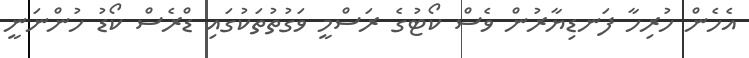
އެހެން ހުރިހާ ފަނޑިޔާރުން ވެސް ކޯޓުގެ ރަސްމީ ވަގުތުތަކުގައި ޑްރެސް ކޯޑު ހުންނަނީ